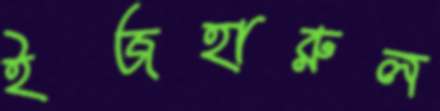
ইজহারুল